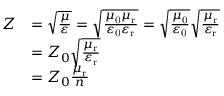
{ \begin{array} { r l } { Z } & { = { \sqrt { \frac { \mu } { \varepsilon } } } = { \sqrt { \frac { \mu _ { \mathrm { 0 } } \mu _ { \mathrm { r } } } { \varepsilon _ { \mathrm { 0 } } \varepsilon _ { \mathrm { r } } } } } = { \sqrt { \frac { \mu _ { \mathrm { 0 } } } { \varepsilon _ { \mathrm { 0 } } } } } { \sqrt { \frac { \mu _ { \mathrm { r } } } { \varepsilon _ { \mathrm { r } } } } } } \\ & { = Z _ { 0 } { \sqrt { \frac { \mu _ { \mathrm { r } } } { \varepsilon _ { \mathrm { r } } } } } } \\ & { = Z _ { 0 } { \frac { \mu _ { \mathrm { r } } } { n } } } \end{array} }